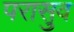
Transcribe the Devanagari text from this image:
परासुव